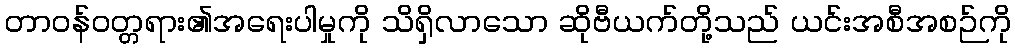
တာဝန်ဝတ္တရား၏အရေးပါမှုကို သိရှိလာသော ဆိုဗီယက်တို့သည် ယင်းအစီအစဉ်ကို